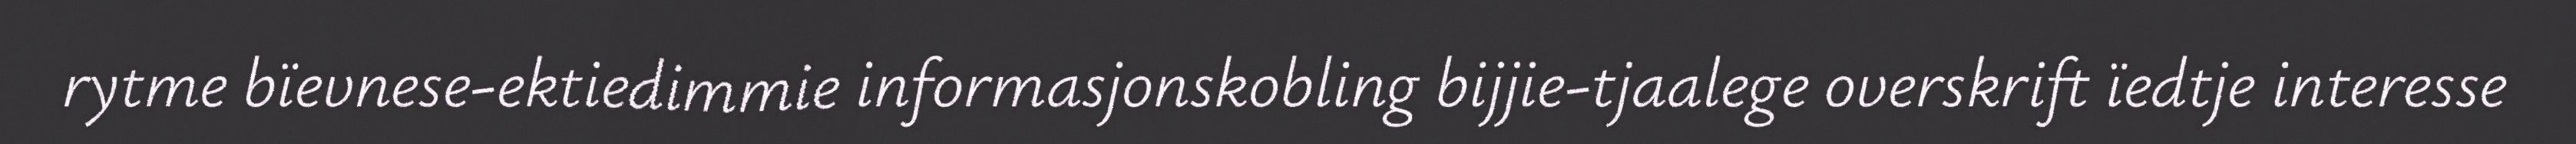
rytme bïevnese-ektiedimmie informasjonskobling bijjie-tjaalege overskrift ïedtje interesse